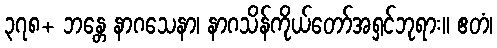
၃၇၈+ ဘန္တေ နာဂသေနာ၊ နာဂသိန်ကိုယ်တော်အရှင်ဘုရား။ ဧတံ၊